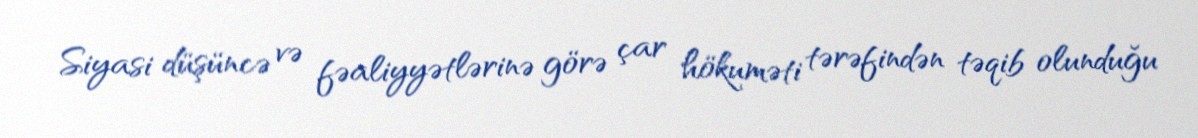
Siyasi düşüncə və fəaliyyətlərinə görə çar hökuməti tərəfindən təqib olunduğu